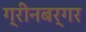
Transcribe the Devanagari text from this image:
ग्रीनबर्गर